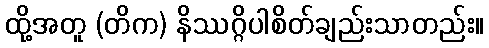
ထို့အတူ (တိက) နိဿဂ္ဂိပါစိတ်ချည်းသာတည်း။